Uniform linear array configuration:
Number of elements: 64
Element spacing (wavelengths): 0.75
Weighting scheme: blackman
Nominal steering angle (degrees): -60
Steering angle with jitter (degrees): -61.498
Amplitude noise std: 0.05
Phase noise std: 0.05

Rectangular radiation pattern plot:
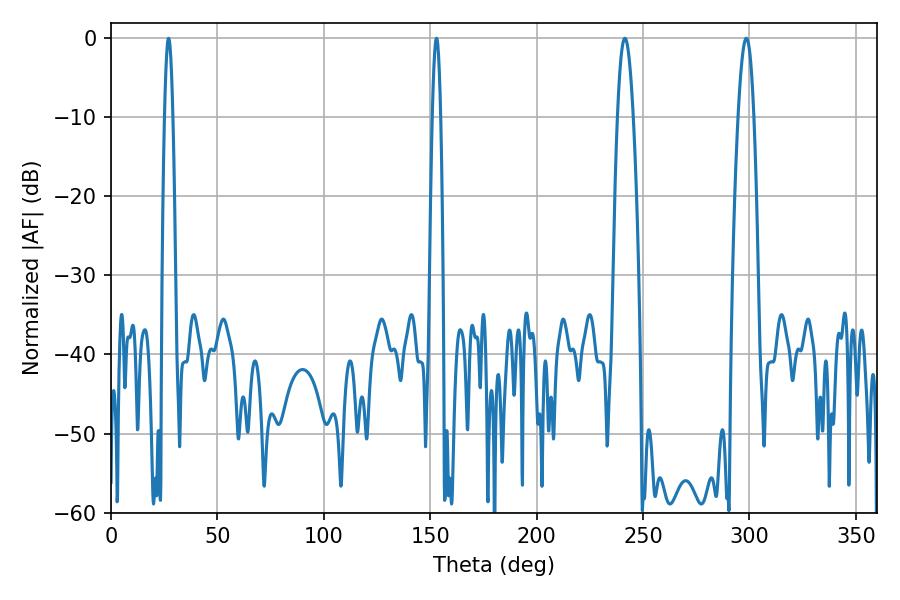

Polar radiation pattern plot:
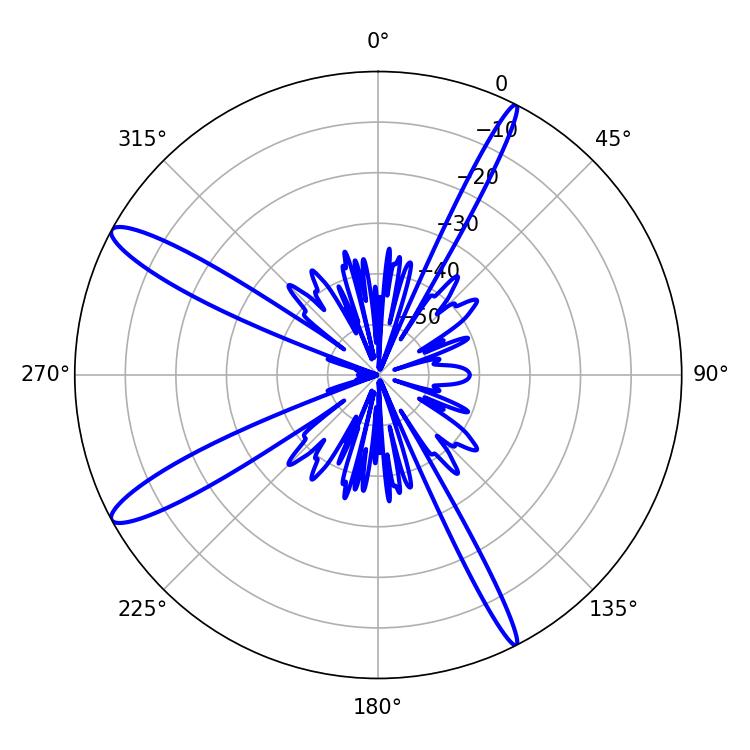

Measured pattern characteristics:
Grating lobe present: TRUE
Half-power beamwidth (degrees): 3.96
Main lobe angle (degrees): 298.62